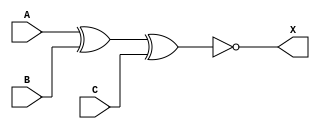
module sky130_fd_sc_lp__xnor3 (
    X,
    A,
    B,
    C
);

    // Module ports
    output X;
    input  A;
    input  B;
    input  C;

    // Module supplies
    supply1 VPWR;
    supply0 VGND;
    supply1 VPB ;
    supply0 VNB ;

    // Local signals
    wire xnor0_out_X;

    //   Name   Output       Other arguments
    xnor xnor0 (xnor0_out_X, A, B, C        );
    buf  buf0  (X          , xnor0_out_X    );

endmodule